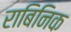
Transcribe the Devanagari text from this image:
राबिनिक